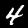
Digit: 4